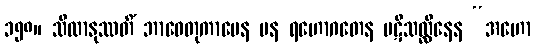
၁၅၈။ သီလာနုဿတိံ ဘာဝေတုကာမေန ပန ရဟောဂတေန ပဋိသလ္လီနေန “အဟော